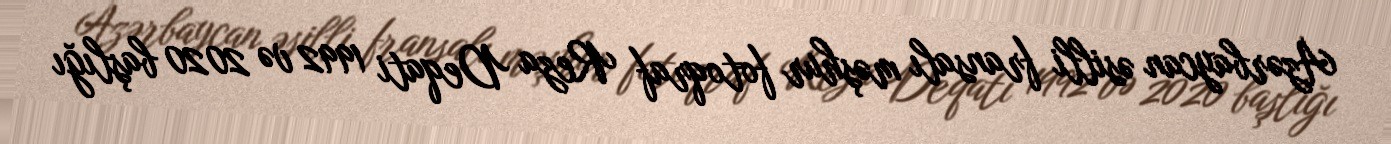
Azərbaycan əsilli fransalı məşhur fotoqraf Reza Deqati 1992 və 2020 başlığı